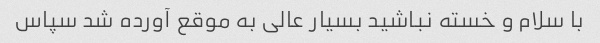
با سلام و خسته نباشید بسیار عالی به موقع آورده شد سپاس